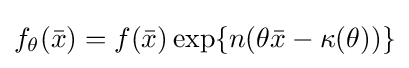
f_{\theta }({\bar {x}})=f({\bar {x}})\exp\{n(\theta {\bar {x}}-\kappa (\theta ))\}